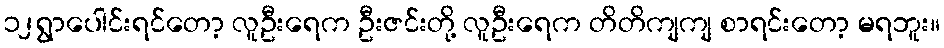
၁၂ရွာပေါင်းရင်တော့ လူဦးရေက ဦးဇင်းတို့ လူဦးရေက တိတိကျကျ စာရင်းတော့ မရဘူး။